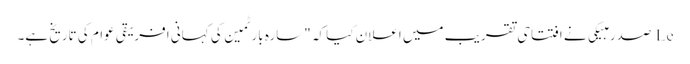
Le صدر مبیکی نے افتتاحی تقریب میں اعلان کیا کہ "سارہ بارٹمین کی کہانی افریقی عوام کی تاریخ ہے۔